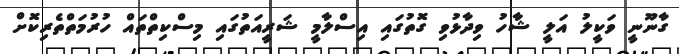
ގާނޫނީ ވަކީލު އަލީ ޝާހު ވިދާޅުވި ގޮތުގައި އިސްލާމީ ޝަރީއަތުގައި މިސްކިތްތައް ހުރުމަތްތެރިކޮށް